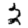
Digit: 2